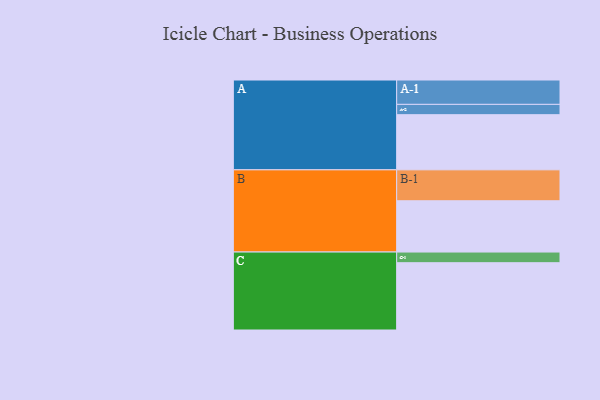
{"axis": {"x": "Segment", "y": "Value"}, "legend": ["", "A", "B", "C"], "data": [{"x": "A", "y": 455, "type": ""}, {"x": "B", "y": 423, "type": ""}, {"x": "C", "y": 555, "type": ""}, {"x": "A-1", "y": 201, "type": "A"}, {"x": "A-2", "y": 85, "type": "A"}, {"x": "B-1", "y": 255, "type": "B"}, {"x": "C-1", "y": 88, "type": "C"}]}